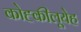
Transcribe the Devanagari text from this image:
कोह्कीलूयेह